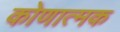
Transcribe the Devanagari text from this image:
कोणात्मक